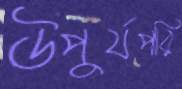
উপুর্যপরি